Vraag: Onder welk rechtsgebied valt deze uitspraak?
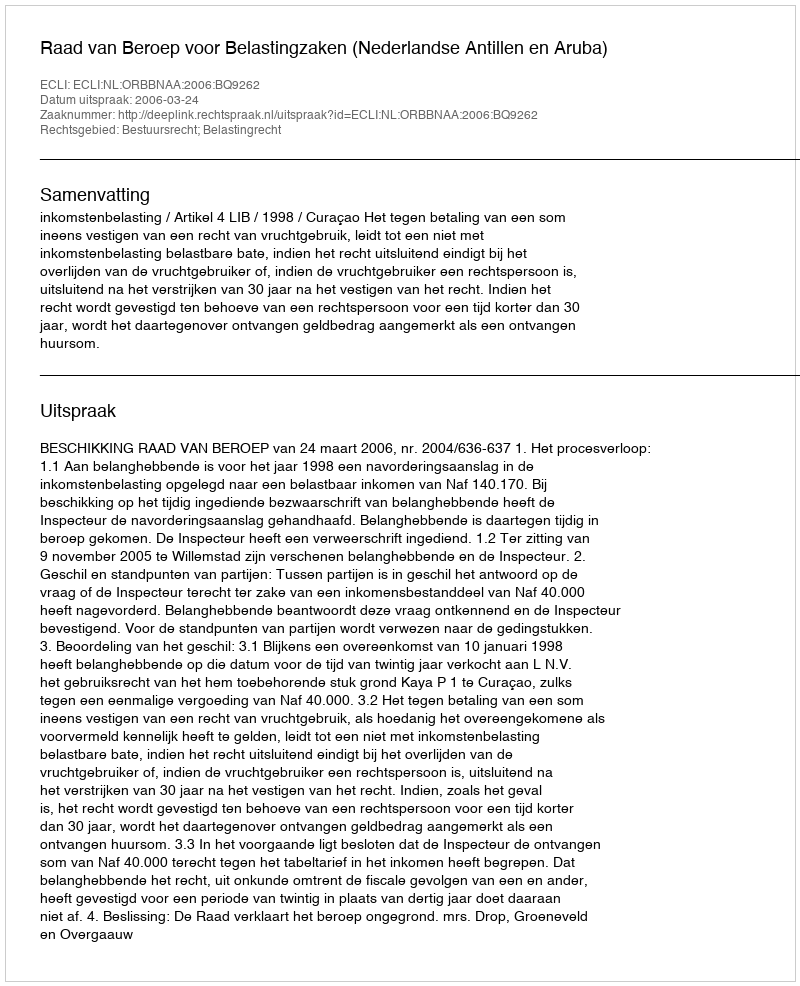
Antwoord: Bestuursrecht; Belastingrecht